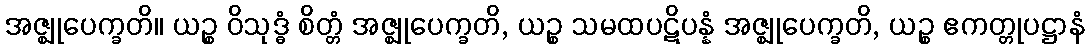
အဇ္ဈုပေက္ခတိ။ ယဉ္စ ဝိသုဒ္ဓံ စိတ္တံ အဇ္ဈုပေက္ခတိ, ယဉ္စ သမထပဋိပန္နံ အဇ္ဈုပေက္ခတိ, ယဉ္စ ဧကတ္တုပဋ္ဌာနံ